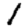
Digit: 1